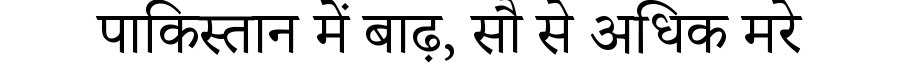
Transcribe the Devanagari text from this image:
पाकिस्तान में बाढ़, सौ से अधिक मरे